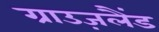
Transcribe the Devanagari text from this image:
ग्राउज़लैंड